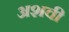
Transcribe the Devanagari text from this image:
अशवी